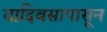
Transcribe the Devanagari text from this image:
यादिवसापासून